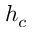
h _ { c }